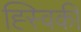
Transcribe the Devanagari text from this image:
ह्स्विकी